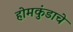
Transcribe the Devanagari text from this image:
होमकुंडाचे